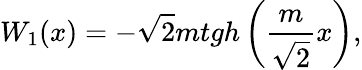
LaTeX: W_{1}(x)=-\sqrt{2}mtgh\left(\frac{m}{\sqrt{2}}x\right),